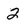
Character: 2